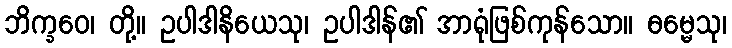
ဘိက္ခဝေ၊ တို့။ ဥပါဒါနိယေသု၊ ဥပါဒါန်၏ အာရုံဖြစ်ကုန်သော။ ဓမ္မေသု၊